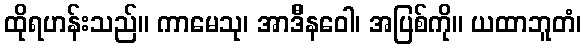
ထိုရဟန်းသည်။ ကာမေသု၊ အာဒိီနဝေါ၊ အပြစ်ကို။ ယထာဘူတံ၊